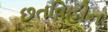
છતવિહીન